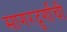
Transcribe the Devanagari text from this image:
सागरदुर्गांची